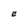
Character: E